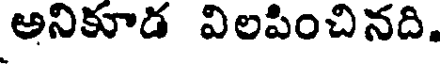
అనికూడ విలపించినది.